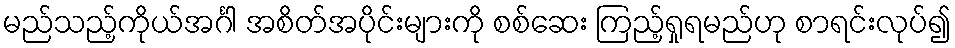
မည်သည့်ကိုယ်အင်္ဂါ အစိတ်အပိုင်းများကို စစ်ဆေး ကြည့်ရှုရမည်ဟု စာရင်းလုပ်၍